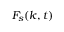
\ensuremath { F _ { \! s } } ( k , t )